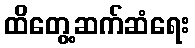
ထိတွေ့ဆက်ဆံရေး